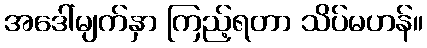
အဒေါ်မျက်နှာ ကြည့်ရတာ သိပ်မဟန်။